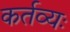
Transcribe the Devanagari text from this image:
कर्तव्यः